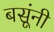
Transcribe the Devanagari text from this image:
बसूंनी